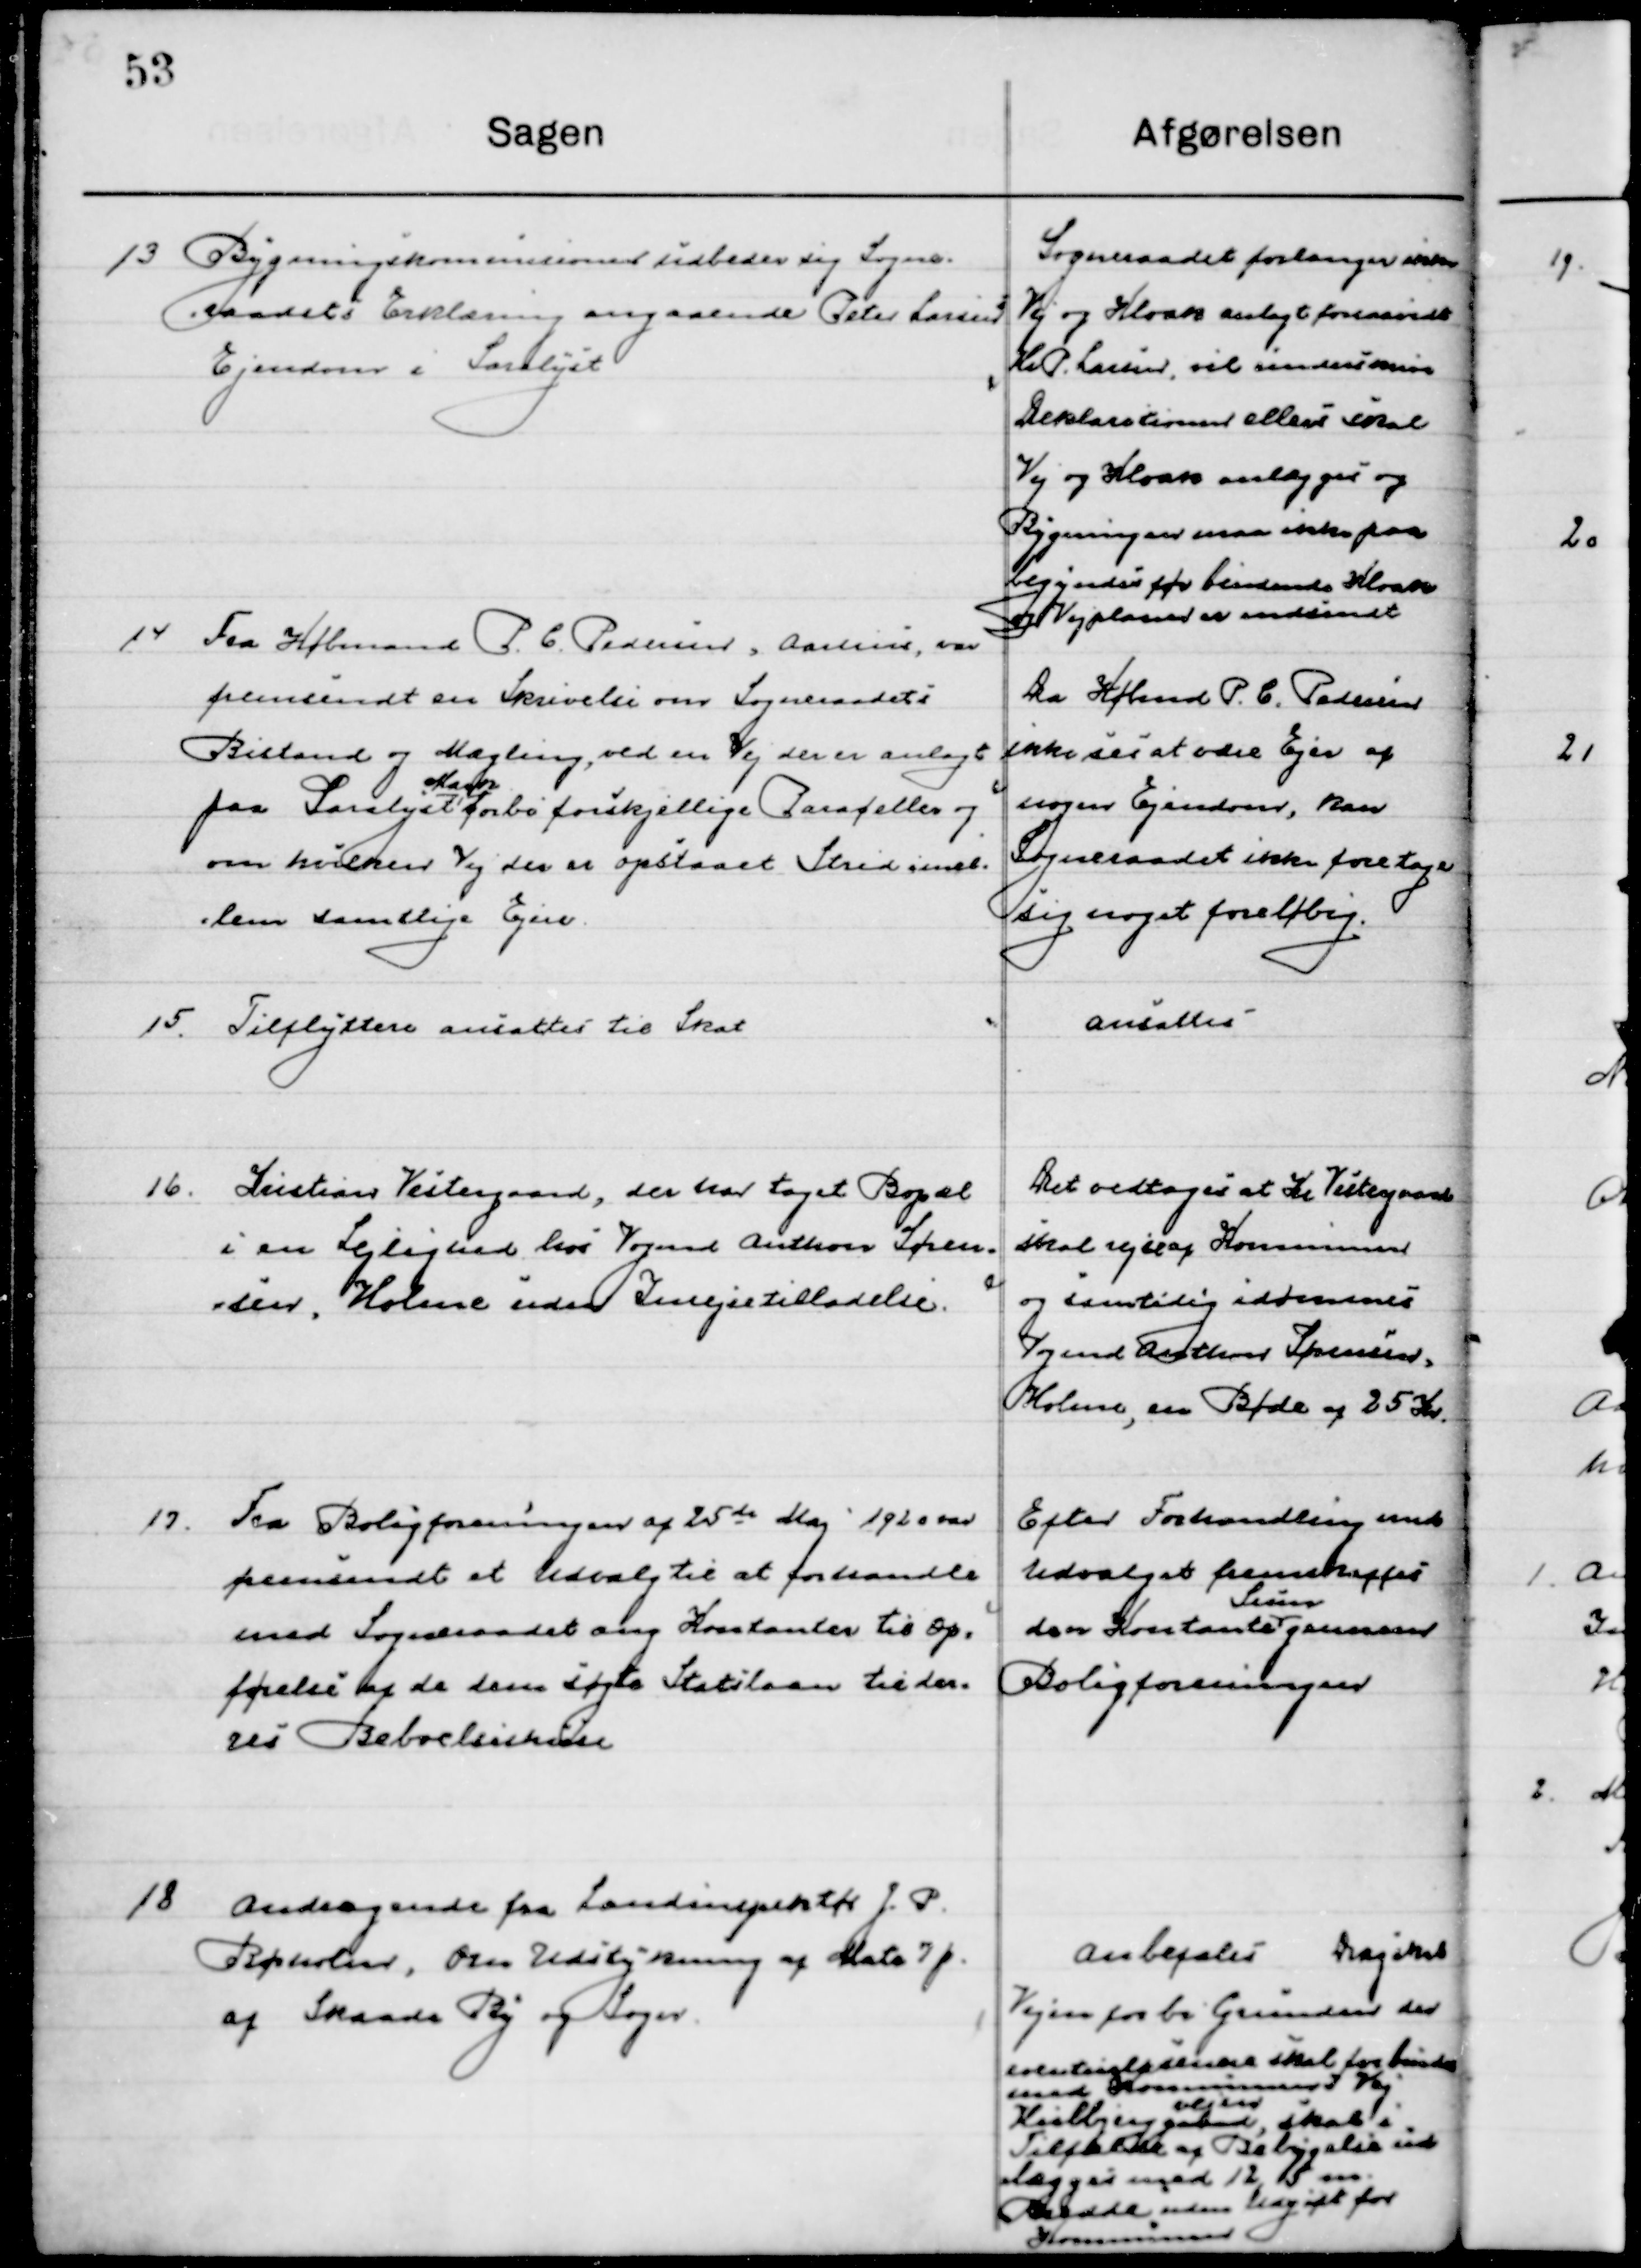
Transskription:
13

Bygningskommissionen udbeder sig Sogne-
raadets Erklæring angaaende Peter Larsen
Ejendom i Saralyst.

Sogneraadet forlanger ikke
Vej og Kloak anlagt forsaavidt
Hr. P. Larsen vil underskrive
Deflationer ellers skal
Vej og Kloak anlægges og
Bygninger maa ikke paa
Tegnes før bindende kloak 
og Vejplaner er indsendt.

14

Fra Købmand P. C. Pedersen, Aarhus, var
fremsendt en Skrivelse om Sogneraadets
Bistand og Mægling, ved en vej der er anlagt
paa Saralyst  
Mark
forbi forskjellige Paraceller og
om hvilken Vej der er opstaaet Strid imod	
dem samtlige Ejere.

Da Købmd. P. C. Pedersen
ikke ses at være Ejer af
nogen Ejendom, kan
Sogneraadet ikke foretage
sig noget foreløbig.

15

Tilflyttere ansattes til Skat

Ansattes

16

Kristian Vestergaard, der har taget Bopæl
I en Lejlighed hos Vogmd. Anthon Søren-	
sen Holme uden Indrejsetilladelse

Det vedtoges at Hr. Vestergaard
skal rejse af Kommunen
og samtidig idømmes
Vogmd. Anthon Sørensen
Holme, en Bøde af 25 Kr.

17

Fra Boligforeningen af 25de Maj 1920 var
Fremsendt et Udvalg til at forhandle 
med Sogneraadet ang. Kontanter til Op-
førelse af de dem søgte Statslaan til der-
es Beboelseshuse.

Efter Forhandling med
Udvalget fremskaffes 
den Kontant
Sum
gennem
Boligforeningen.

18

Andragende fra Landinspektør J. P.
 Rørholm, om Udstykning af Matr. 7 p. 
af Skaade By og Sogn.

Anbefales. Dog skal
Vejen forbi Grunden der 
eventuel løbende skal forbinde 
med Kommunens Vej
Kulbjerggaard  
vejen
skal i 
Tilfælde af Bebyggelse ud-
lægges med 12,5 m
Bredde uden Udgift for 
Kommunen.